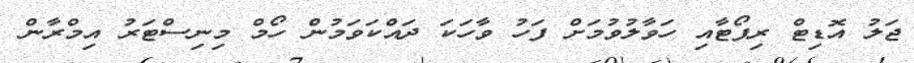
ޖަލު އޮޑިޓް ރިޕޯޓާއި ހަވާލުވުމަށް ފަހު ވާހަކަ ދައްކަވަމުން ހޯމް މިނިސްޓަރު އިމްރާން